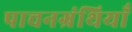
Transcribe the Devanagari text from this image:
पाचनग्रंथियाँ